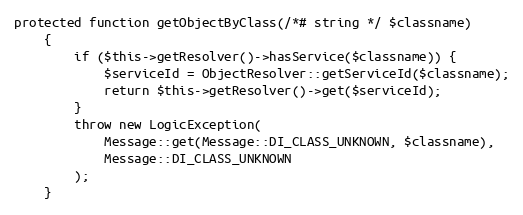
Language: PHP
protected function getObjectByClass(/*# string */ $classname)
    {
        if ($this->getResolver()->hasService($classname)) {
            $serviceId = ObjectResolver::getServiceId($classname);
            return $this->getResolver()->get($serviceId);
        }
        throw new LogicException(
            Message::get(Message::DI_CLASS_UNKNOWN, $classname),
            Message::DI_CLASS_UNKNOWN
        );
    }